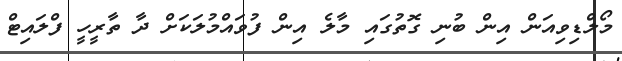
މޯލްޑިވިއަން އިން ބުނި ގޮތުގައި މާލެ އިން ފުވައްމުލަކަށް ދާ ތާރީހީ ފްލައިޓް